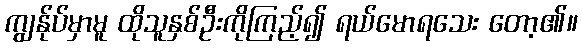
ကျွန်ုပ်မှာမူ ထိုသူနှစ်ဦးကိုကြည့်၍ ရယ်မောရသေး တော့၏။